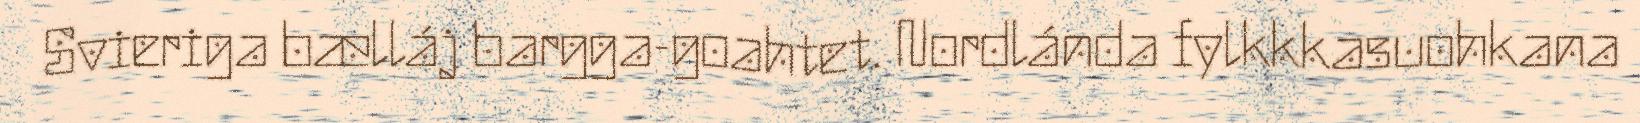
Svieriga bælláj bargga-goahtet. Nordlánda fylkkkasuohkana